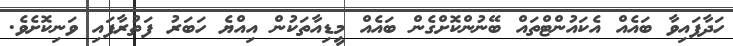
ހަދާފައިވާ ބައެއް އެކައުންޓްތައް ބޭނުންކޮށްގެން ބައެއް މީޑިއާތަކުން އިއްޔެ ހަބަރު ފަތުރާފައި ވަނިކޮށެވެ.